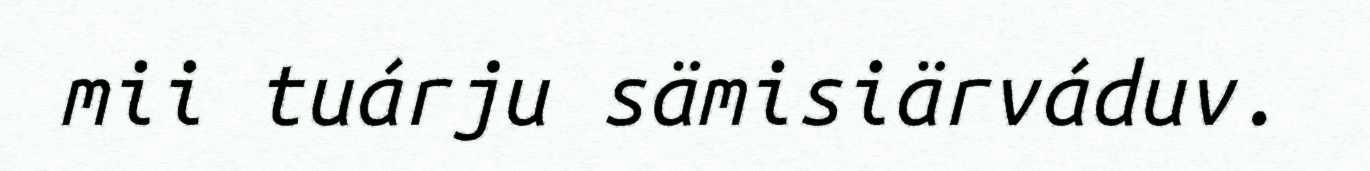
mii tuárju sämisiärváduv.